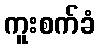
ကူးစက်ခံ